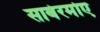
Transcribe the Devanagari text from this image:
साबेरमोए